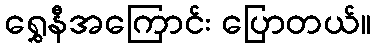
ရွှေနီအကြောင်း ပြောတယ်။